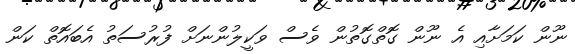
ނޫން ކަމަށާއި އެ ނޫން ގޮތްގޮތުން ވެސް ވަކީލުންނަށް ފުރުސަތު އެބައޮތް ކަން